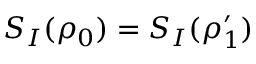
S _ { I } ( \rho _ { 0 } ) = S _ { I } ( \rho _ { 1 } ^ { \prime } )